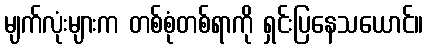
မျက်လုံးများက တစ်စုံတစ်ရာကို ရှင်းပြနေသယောင်။